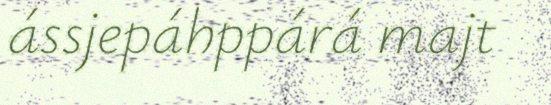
ássjepáhppárá majt